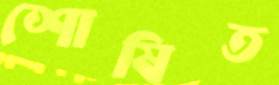
শোষিত